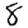
Digit: 8